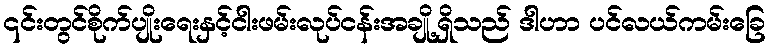
၎င်းတွင်စိုက်ပျိုးရေးနှင့်ငါးဖမ်းလုပ်ငန်းအချို့ရှိသည် ဒါဟာ ပင်လယ်ကမ်းခြေ